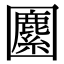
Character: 𡈷